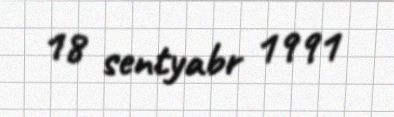
18 sentyabr 1991